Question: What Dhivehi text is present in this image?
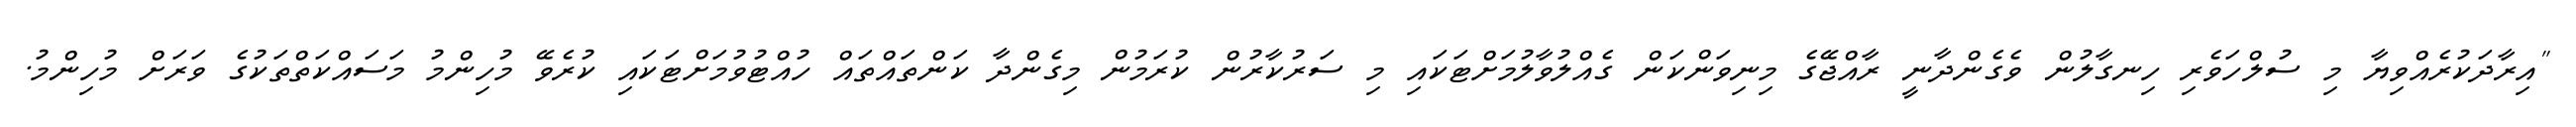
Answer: "އިރާދަކުރެއްވިޔާ މި ސުލްހަވެރި ހިނގާލުން ވެގެންދާނީ ރާއްޖޭގެ މިނިވަންކަން ގެއްލުވާލުމަށްޓަކައި މި ސަރުކާރުން ކުރަމުން މިގެންދާ ކަންތައްތައް ހުއްޓުވުމަށްޓަކައި ކުރެވޭ މުހިންމު މަސައްކަތްތަކުގެ ވަރަށް މުހިންމު.